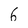
Character: 6